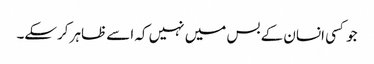
جو کسی انسان کے بس میں نہیں کہ اسے ظاہر کرسکے۔